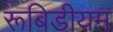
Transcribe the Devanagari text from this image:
रूबिडीयम